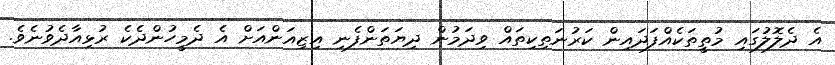
އެ ދެލޮލުގައި މުތީތަކެއްފަދައިން ކަރުނަތިކިތައް ވިދަމުން ދިޔަތަންފެނި އިޒިއަންއަށް އެ ދެމީހުންދެކެ ރުޅިއާދެވުނެވެ.